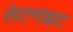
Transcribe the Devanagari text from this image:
लेटनाइट